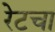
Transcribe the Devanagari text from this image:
रेटचा